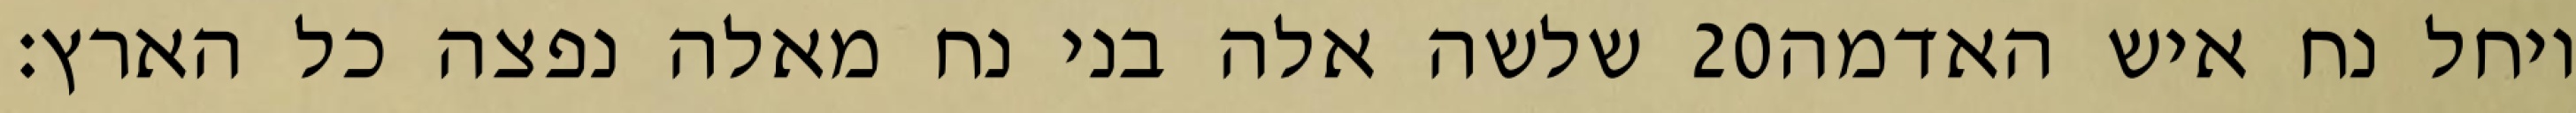
שלשה אלה בני נח מאלה נפצה כל הארץ׃ ‎20‏ ויחל נח איש האדמה